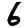
Digit: 6